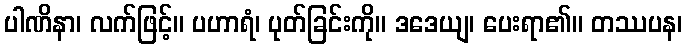
ပါဏိနာ၊ လက်ဖြင့်။ ပဟာရံ၊ ပုတ်ခြင်းကို။ ဒဒေယျ၊ ပေးရာ၏။ တဿပန၊